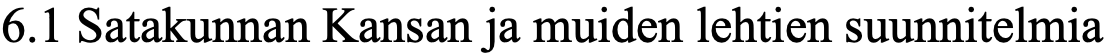
6.1 Satakunnan Kansan ja muiden lehtien suunnitelmia